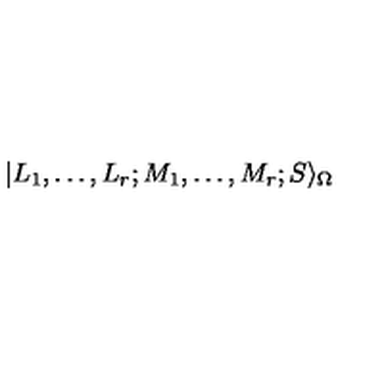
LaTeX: | L _ { 1 } , \ldots , L _ { r } ; M _ { 1 } , \ldots , M _ { r } ; S \rangle _ { \Omega } \nonumber